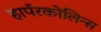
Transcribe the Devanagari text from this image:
हार्परकोलिन्स